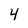
Character: 4